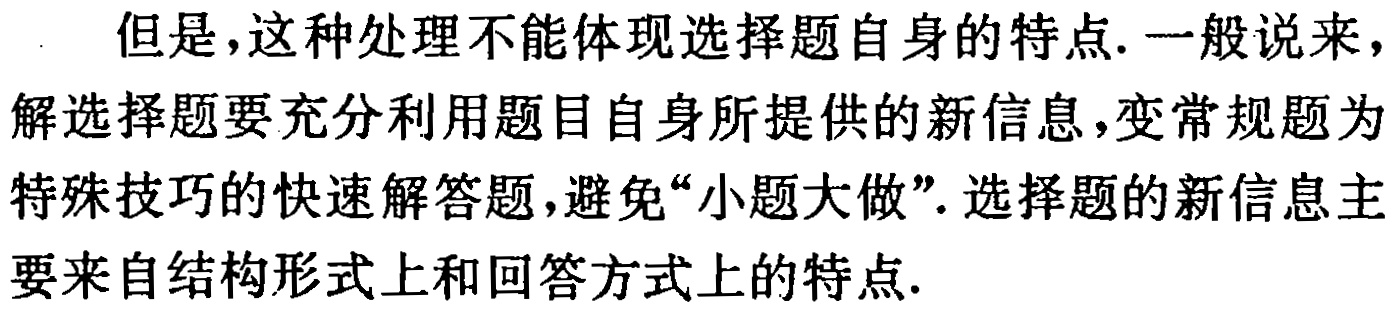
但是，这种处理不能体现选择题自身的特点. 一般说来，解选择题要充分利用题目自身所提供的新信息，变常规题为特殊技巧的快速解答题，避免“小题大做”. 选择题的新信息主要来自结构形式上和回答方式上的特点.